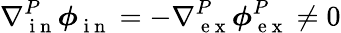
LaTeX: \nabla{}_{\mathrm{~i~n~}}^{P}\boldsymbol\phi{}_{\mathrm{~i~n~}}^{}=-\nabla{}_{\mathrm{~e~x~}}^{P}\boldsymbol\phi{}_{\mathrm{~e~x~}}^{P}\neq 0